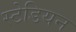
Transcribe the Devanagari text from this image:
स्टेडियन